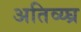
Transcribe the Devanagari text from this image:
अतिव्य्घ्र